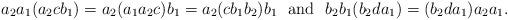
LaTeX: \begin{align*}a_2a_1(a_2cb_1)=a_2(a_1a_2c)b_1=a_2(cb_1b_2)b_1\,\,\mbox{ and }\,\,b_2b_1(b_2da_1)=(b_2da_1)a_2a_1.\end{align*}